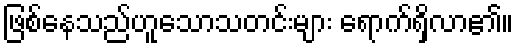
ဖြစ်နေသည်ဟူသောသတင်းများ ရောက်ရှိလာ၏။